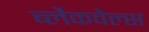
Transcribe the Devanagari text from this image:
ब्‍लैकवेल्‍स